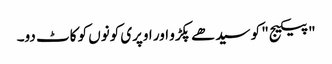
"پیکیج" کو سیدھے پکڑو اور اوپری کونوں کو کاٹ دو۔